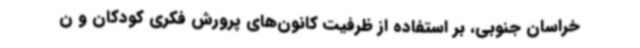
خراسان جنوبی، بر استفاده از ظرفیت کانون‌های پرورش فکری کودکان و ن